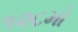
૧૨૮મો